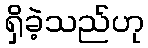
ရှိခဲ့သည်ဟု